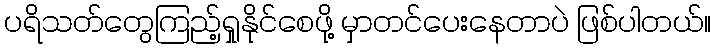
ပရိသတ်တွေကြည့်ရှုနိုင်စေဖို့ မှာတင်ပေးနေတာပဲ ဖြစ်ပါတယ်။